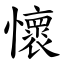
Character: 懷